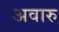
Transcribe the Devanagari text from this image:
अवारु